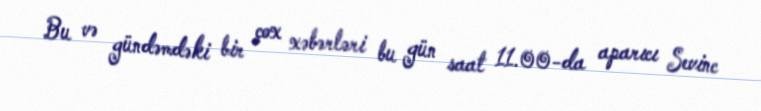
Bu və gündəmdəki bir çox xəbərləri bu gün saat 11.00-da aparıcı Sevinc